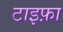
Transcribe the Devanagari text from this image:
टाइफ़ा